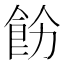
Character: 𩚝